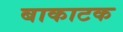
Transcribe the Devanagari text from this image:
बाकाटक